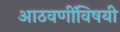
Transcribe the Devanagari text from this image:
आठवणींविषयी